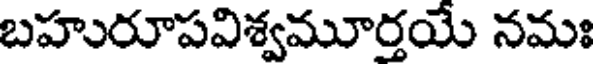
బహురూపవిశ్వమూర్తయే నమః